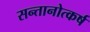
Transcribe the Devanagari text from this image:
सन्तानोत्कर्ष